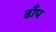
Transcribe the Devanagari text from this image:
ढाँप